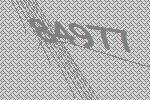
84977